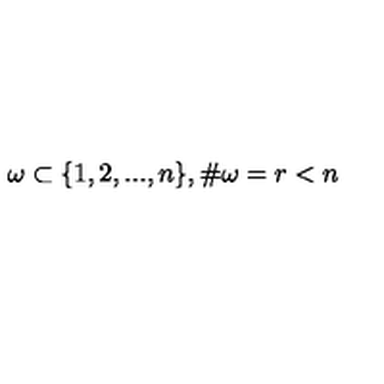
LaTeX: \omega \subset \{ 1 , 2 , . . . , n \} , \# \omega = r < n